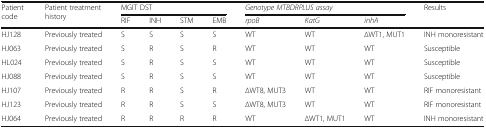
<table><thead><tr><td rowspan="2"><b>Patient code</b></td><td rowspan="2"><b>Patient treatment history</b></td><td colspan="4"><b>MGIT DST</b></td><td colspan="3"><b><i>Genotype MTBDRPLUS assay</i></b></td><td><b>Results</b></td></tr><tr><td><b>RIF</b></td><td><b>INH</b></td><td><b>STM</b></td><td><b>EMB</b></td><td><b><i>rpoB</i></b></td><td><b><i>KatG</i></b></td><td><b><i>inhA</i></b></td><td></td></tr></thead><tbody><tr><td>HJ128</td><td>Previously treated</td><td>S</td><td>S</td><td>S</td><td>S</td><td>WT</td><td>WT</td><td>∆WT1, MUT1</td><td>INH monoresistant</td></tr><tr><td>HJ063</td><td>Previously treated</td><td>S</td><td>R</td><td>S</td><td>R</td><td>WT</td><td>WT</td><td>WT</td><td>Susceptible</td></tr><tr><td>HL024</td><td>Previously treated</td><td>S</td><td>R</td><td>S</td><td>S</td><td>WT</td><td>WT</td><td>WT</td><td>Susceptible</td></tr><tr><td>HJ088</td><td>Previously treated</td><td>S</td><td>R</td><td>S</td><td>S</td><td>WT</td><td>WT</td><td>WT</td><td>Susceptible</td></tr><tr><td>HJ107</td><td>Previously treated</td><td>R</td><td>R</td><td>S</td><td>R</td><td>∆WT8, MUT3</td><td>WT</td><td>WT</td><td>RIF monoresistant</td></tr><tr><td>HJ123</td><td>Previously treated</td><td>R</td><td>R</td><td>S</td><td>S</td><td>∆WT8, MUT3</td><td>WT</td><td>WT</td><td>RIF monoresistant</td></tr><tr><td>HJ064</td><td>Previously treated</td><td>R</td><td>R</td><td>R</td><td>R</td><td>WT</td><td>∆WT1, MUT1</td><td>WT</td><td>INH monoresistant</td></tr></tbody></table>